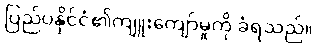
ပြည်ပနိုင်ငံ၏ကျူးကျော်မှုကို ခံရသည်။